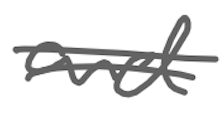
Text: and
Cross-out: double-line
Writing tool: digital_gray